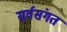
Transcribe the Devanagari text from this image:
सर्वसंगत